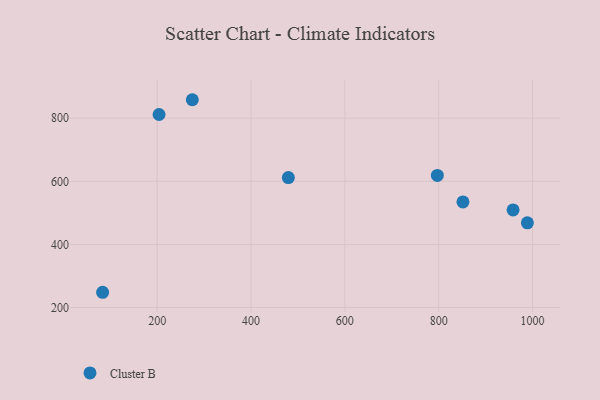
{"axis": {"x": "Experience", "y": "Profit"}, "legend": ["Cluster B"], "data": [{"x": "958.6", "y": 509.5, "type": "Cluster B"}, {"x": "989.1", "y": 468.4, "type": "Cluster B"}, {"x": "797.2", "y": 618.8, "type": "Cluster B"}, {"x": "204.0", "y": 811.8, "type": "Cluster B"}, {"x": "274.9", "y": 858.7, "type": "Cluster B"}, {"x": "83.7", "y": 248.4, "type": "Cluster B"}, {"x": "479.6", "y": 611.8, "type": "Cluster B"}, {"x": "851.8", "y": 534.9, "type": "Cluster B"}]}